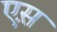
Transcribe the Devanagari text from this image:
एस़